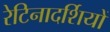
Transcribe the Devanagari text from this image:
रेटिनादर्शियों